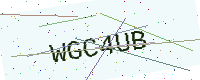
Text: WGC4UB